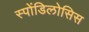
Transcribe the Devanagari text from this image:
स्पोंडिलोसिस